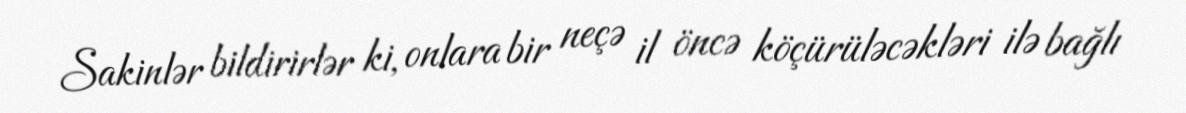
Sakinlər bildirirlər ki, onlara bir neçə il öncə köçürüləcəkləri ilə bağlı